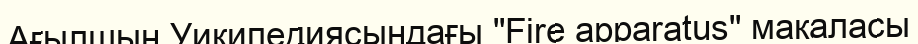
Ағылшын Уикипедиясындағы "Fire apparatus" мақаласы